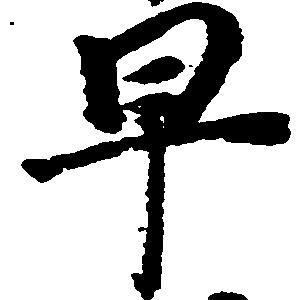
早